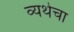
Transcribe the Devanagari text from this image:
व्यथेचा